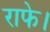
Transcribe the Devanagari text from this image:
राफे।